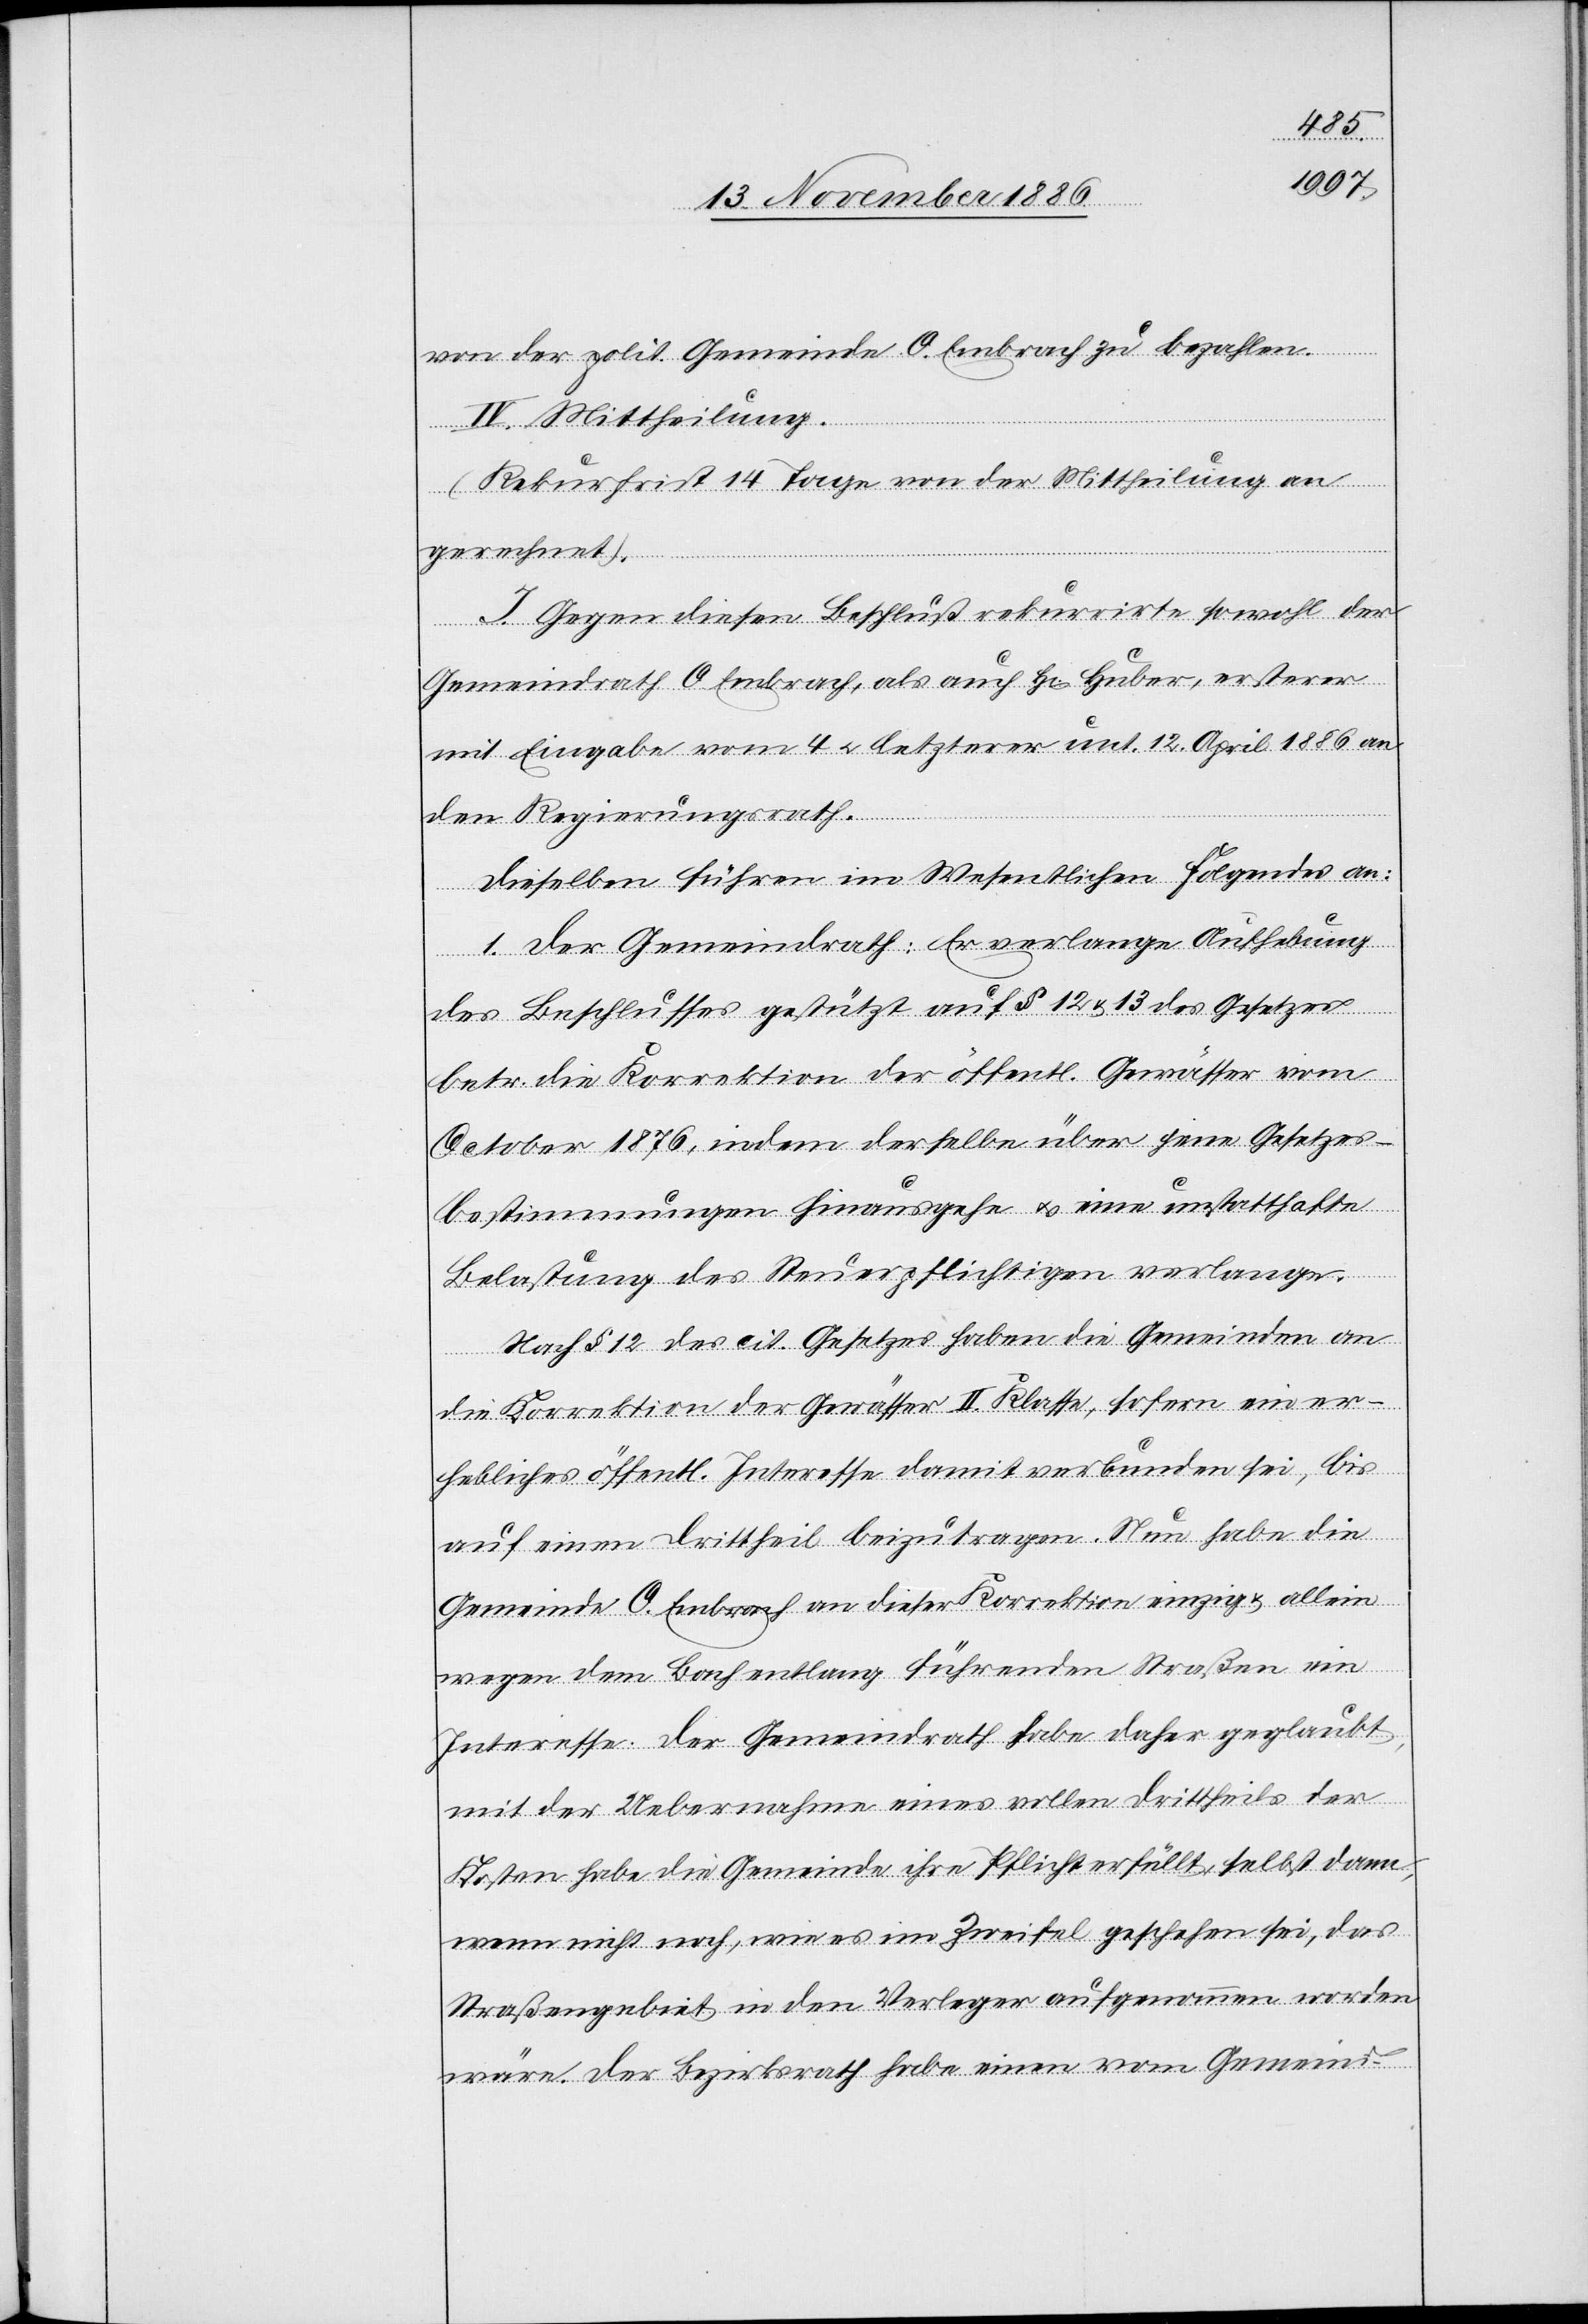
von der polit. Gemeinde O. Embrach zu bezahlen.
IV. Mittheilung.
(Rekursfrist 14 Tage von der Mittheilung an
gerechnet).
I. Gegen diesen Beschluß rekurrirte sowohl der
Gemeindrath O. Embrach, als auch H[err] Huber, ersterer
mit Eingabe vom 4. & letzterer unt. 12. April 1886 an
den Regierungsrath.
Dieselben führen im Wesentlichen Folgendes an:
1. Der Gemeindrath: Er verlange Aufhebung
des Beschlusses gestützt auf § 12 & 13 des Gesetzes
betr. die Korrektion der öffentl. Gewässer vom
October 1876, indem derselbe über seine Gesetzes¬
bestimmungen hinausgehe & eine unstatthafte
Belastung des Steuerpflichtigen verlange.
Nach § 12 des cit. Gesetzes haben die Gemeinden an
die Korrektion der Gewässer II. Klasse, sofern ein er¬
hebliches öffentl. Interesse damit verbunden sei, bis
auf einen Drittheil beizutragen. Nun habe die
Gemeinde O. Embrach an dieser Korrektion einzig & allein
wegen dem Bach entlang führenden Straßen ein
Interesse. Der Gemeindrath habe daher geglaubt,
mit der Uebernahme eines vollen Drittheils der
Kosten habe die Gemeinde ihre Pflicht erfüllt, selbst dann,
wenn nicht noch, wie es im Zweifel geschehen sei, das
Straßengebiet in den Verleger aufgenommen worden
wäre. Der Bezirksrath habe einen vom Gemeinde-